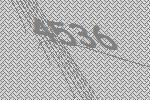
4536